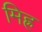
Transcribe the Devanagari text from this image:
मिह्र